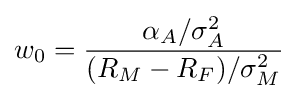
w_{0}={\frac {\alpha _{A}/\sigma _{A}^{2}}{(R_{M}-R_{F})/\sigma _{M}^{2}}}